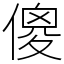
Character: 傻